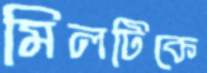
মিলটিকে